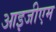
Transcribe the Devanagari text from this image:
आइजीएम